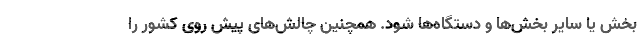
بخش یا سایر بخش‌ها و دستگاه‌ها شود. همچنین چالش‌های پیش روی کشور را